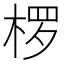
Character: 椤